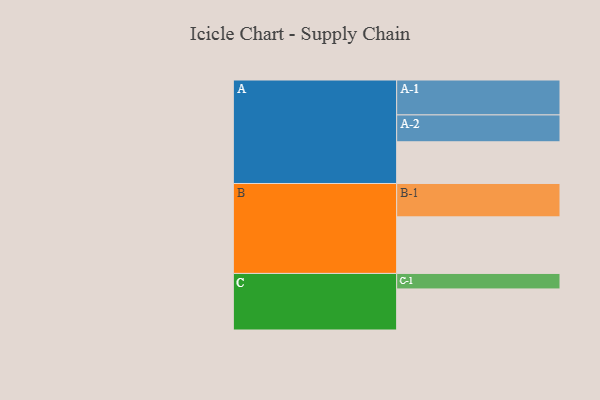
{"axis": {"x": "Segment", "y": "Value"}, "legend": ["", "A", "B", "C"], "data": [{"x": "A", "y": 320, "type": ""}, {"x": "B", "y": 434, "type": ""}, {"x": "C", "y": 315, "type": ""}, {"x": "A-1", "y": 268, "type": "A"}, {"x": "A-2", "y": 206, "type": "A"}, {"x": "B-1", "y": 256, "type": "B"}, {"x": "C-1", "y": 119, "type": "C"}]}